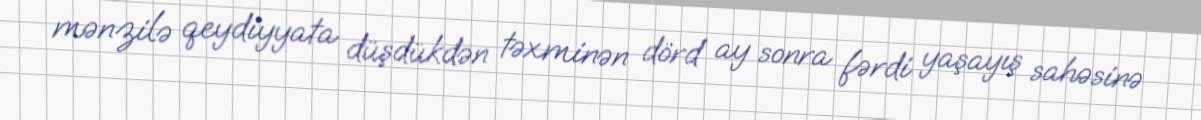
mənzilə qeydiyyata düşdükdən təxminən dörd ay sonra fərdi yaşayış sahəsinə